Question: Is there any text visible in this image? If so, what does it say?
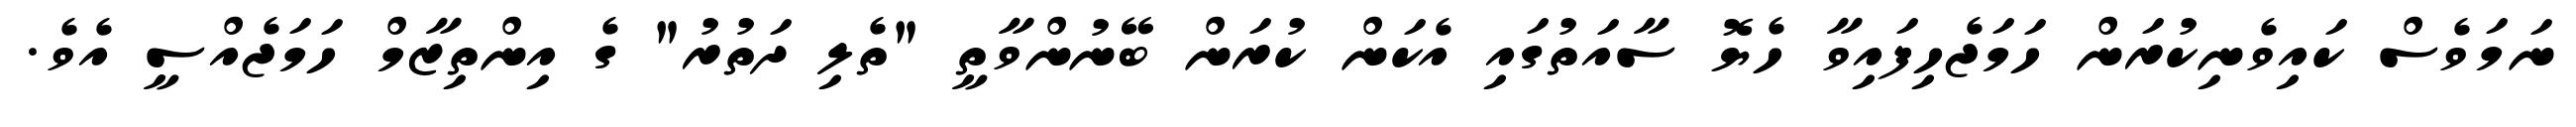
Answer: ނަމަވެސް ކައިވެނިކުރަން ހަމަޖެހިފައިވާ ހެޔޮ ސާއަތުގައި އެކަން ކުރަން ބޭނުންވާތީ "ތެލި ދަތުރު" ގެ އިންތިޒާމް ހަމަޖެއްސީ އެވެ.